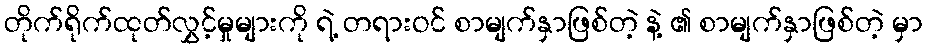
တိုက်ရိုက်ထုတ်လွှင့်မှုများကို ရဲ့ တရားဝင် စာမျက်နှာဖြစ်တဲ့ နဲ့ ၏ စာမျက်နှာဖြစ်တဲ့ မှာ